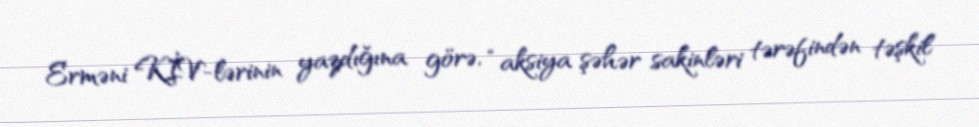
Erməni KİV-lərinin yazdığına görə, “aksiya şəhər sakinləri tərəfindən təşkil